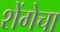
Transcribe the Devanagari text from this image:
शेंगेचा